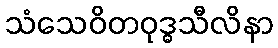
သံသေဝိတဝုဒ္ဓသီလိနာ